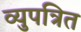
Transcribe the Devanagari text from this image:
व्युपत्रित